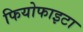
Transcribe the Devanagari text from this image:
फियोफाइटा